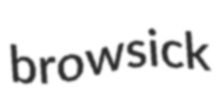
browsick